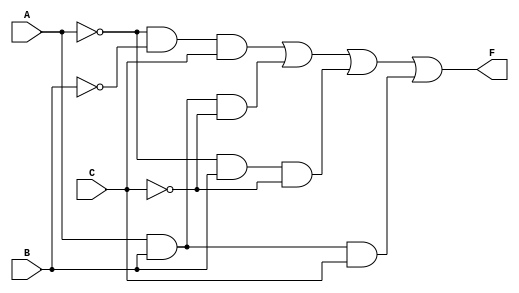
`timescale 1ns/1ps // Specify the timescale

module fun(A, B, C, F);
  input A, B, C; // Input ports A, B, and C
  output F;      // Output port F

  // Function F = a'b'c + abc' + a'bc' + abc
  assign F = ((~A & ~B & C) | (A & B & ~C) |
             (~A & B & ~C) | (A & B & C));
endmodule